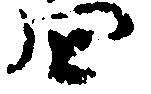
四